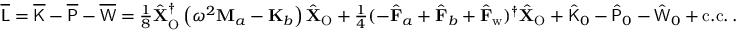
\begin{array} { r } { \overline { { \mathsf { L } } } = \overline { { \mathsf { K } } } - \overline { { \mathsf { P } } } - \overline { { \mathsf { W } } } = \frac { 1 } { 8 } \hat { \mathbf { X } } _ { \mathrm { O } } ^ { \dagger } \left( \omega ^ { 2 } \mathbf { M } _ { a } - \mathbf { K } _ { b } \right) \hat { \mathbf { X } } _ { \mathrm { O } } + \frac { 1 } { 4 } ( - \hat { \mathbf { F } } _ { a } + \hat { \mathbf { F } } _ { b } + \hat { \mathbf { F } } _ { \mathrm { w } } ) ^ { \dagger } \hat { \mathbf { X } } _ { \mathrm { O } } + \hat { \mathsf { K } } _ { 0 } - \hat { \mathsf { P } } _ { 0 } - \hat { \mathsf { W } } _ { 0 } + \mathrm { c . c . } \, . } \end{array}